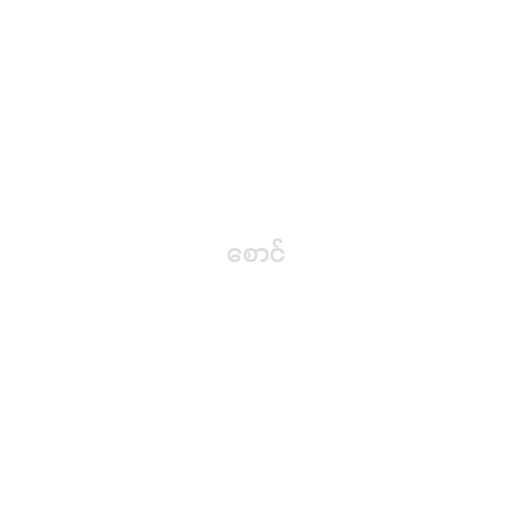
စောင်